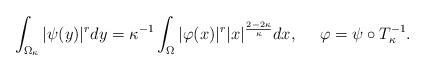
LaTeX: \begin{align*}\int_{\Omega_{\kappa}} |\psi(y)|^r dy = \kappa^{-1} \int_{\Omega} |\varphi (x)|^r |x|^{\frac{2 - 2 \kappa}{\kappa}} dx, \ \ \ \ \varphi = \psi \circ T^{-1}_{\kappa}.\end{align*}